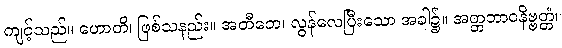
ကျင့်သည်။ ဟောတိ၊ ဖြစ်သနည်း။ အတီတေ၊ လွန်လေပြီးသော အခါ၌။ အတ္တဘာဝနိဗ္ဗတ္တံ၊